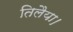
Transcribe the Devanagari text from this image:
तिलैया।